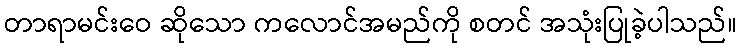
တာရာမင်းဝေ ဆိုသော ကလောင်အမည်ကို စတင် အသုံးပြုခဲ့ပါသည်။